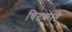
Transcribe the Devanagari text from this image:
चिटकाते